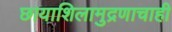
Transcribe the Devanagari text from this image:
छायाशिलामुद्रणाचाही